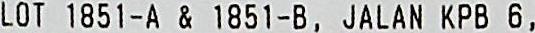
LOT 1851-A & 1851-B, JALAN KPB 6,